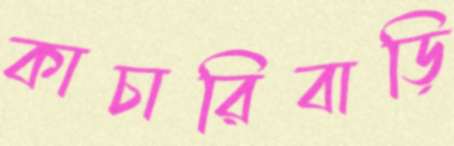
কাচারিবাড়ি